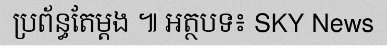
ប្រព័ន្ធតែម្តង ៕ អត្ថបទ៖ SKY News